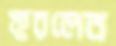
ফুরলেন